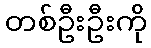
တစ်ဦးဦးကို